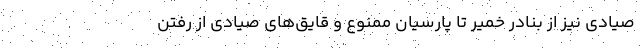
صیادی نیز از بنادر خمیر تا پارسیان ممنوع و قایق‌های صیادی از رفتن